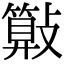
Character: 𣀔